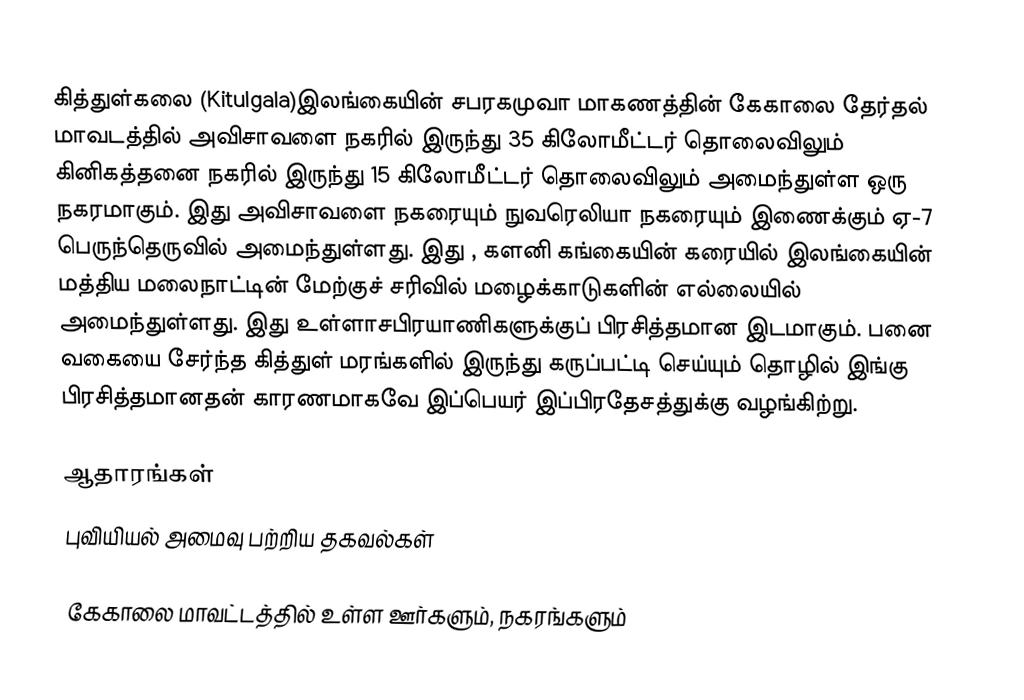
கித்துள்கலை (Kitulgala)இலங்கையின் சபரகமுவா மாகணத்தின்  கேகாலை தேர்தல் மாவடத்தில் அவிசாவளை நகரில் இருந்து 35 கிலோமீட்டர் தொலைவிலும் கினிகத்தனை நகரில் இருந்து 15 கிலோமீட்டர் தொலைவிலும் அமைந்துள்ள ஒரு நகரமாகும். இது அவிசாவளை நகரையும் நுவரெலியா நகரையும் இணைக்கும் ஏ-7 பெருந்தெருவில் அமைந்துள்ளது. இது , களனி கங்கையின் கரையில் இலங்கையின் மத்திய மலைநாட்டின் மேற்குச் சரிவில் மழைக்காடுகளின் எல்லையில் அமைந்துள்ளது. இது உள்ளாசபிரயாணிகளுக்குப் பிரசித்தமான இடமாகும். பனை வகையை சேர்ந்த கித்துள் மரங்களில் இருந்து கருப்பட்டி செய்யும் தொழில் இங்கு பிரசித்தமானதன் காரணமாகவே இப்பெயர் இப்பிரதேசத்துக்கு வழங்கிற்று.

ஆதாரங்கள்
புவியியல் அமைவு பற்றிய தகவல்கள்

கேகாலை மாவட்டத்தில் உள்ள ஊர்களும், நகரங்களும்